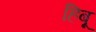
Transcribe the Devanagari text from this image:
हिबू